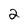
Character: 2